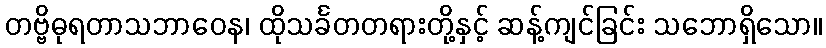
တဗ္ဗိဓုရတာသဘာဝေန၊ ထိုသင်္ခတတရားတို့နှင့် ဆန့်ကျင်ခြင်း သဘောရှိသော။